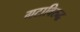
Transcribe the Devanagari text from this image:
गटाविरुद्ध